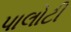
પાલોટી